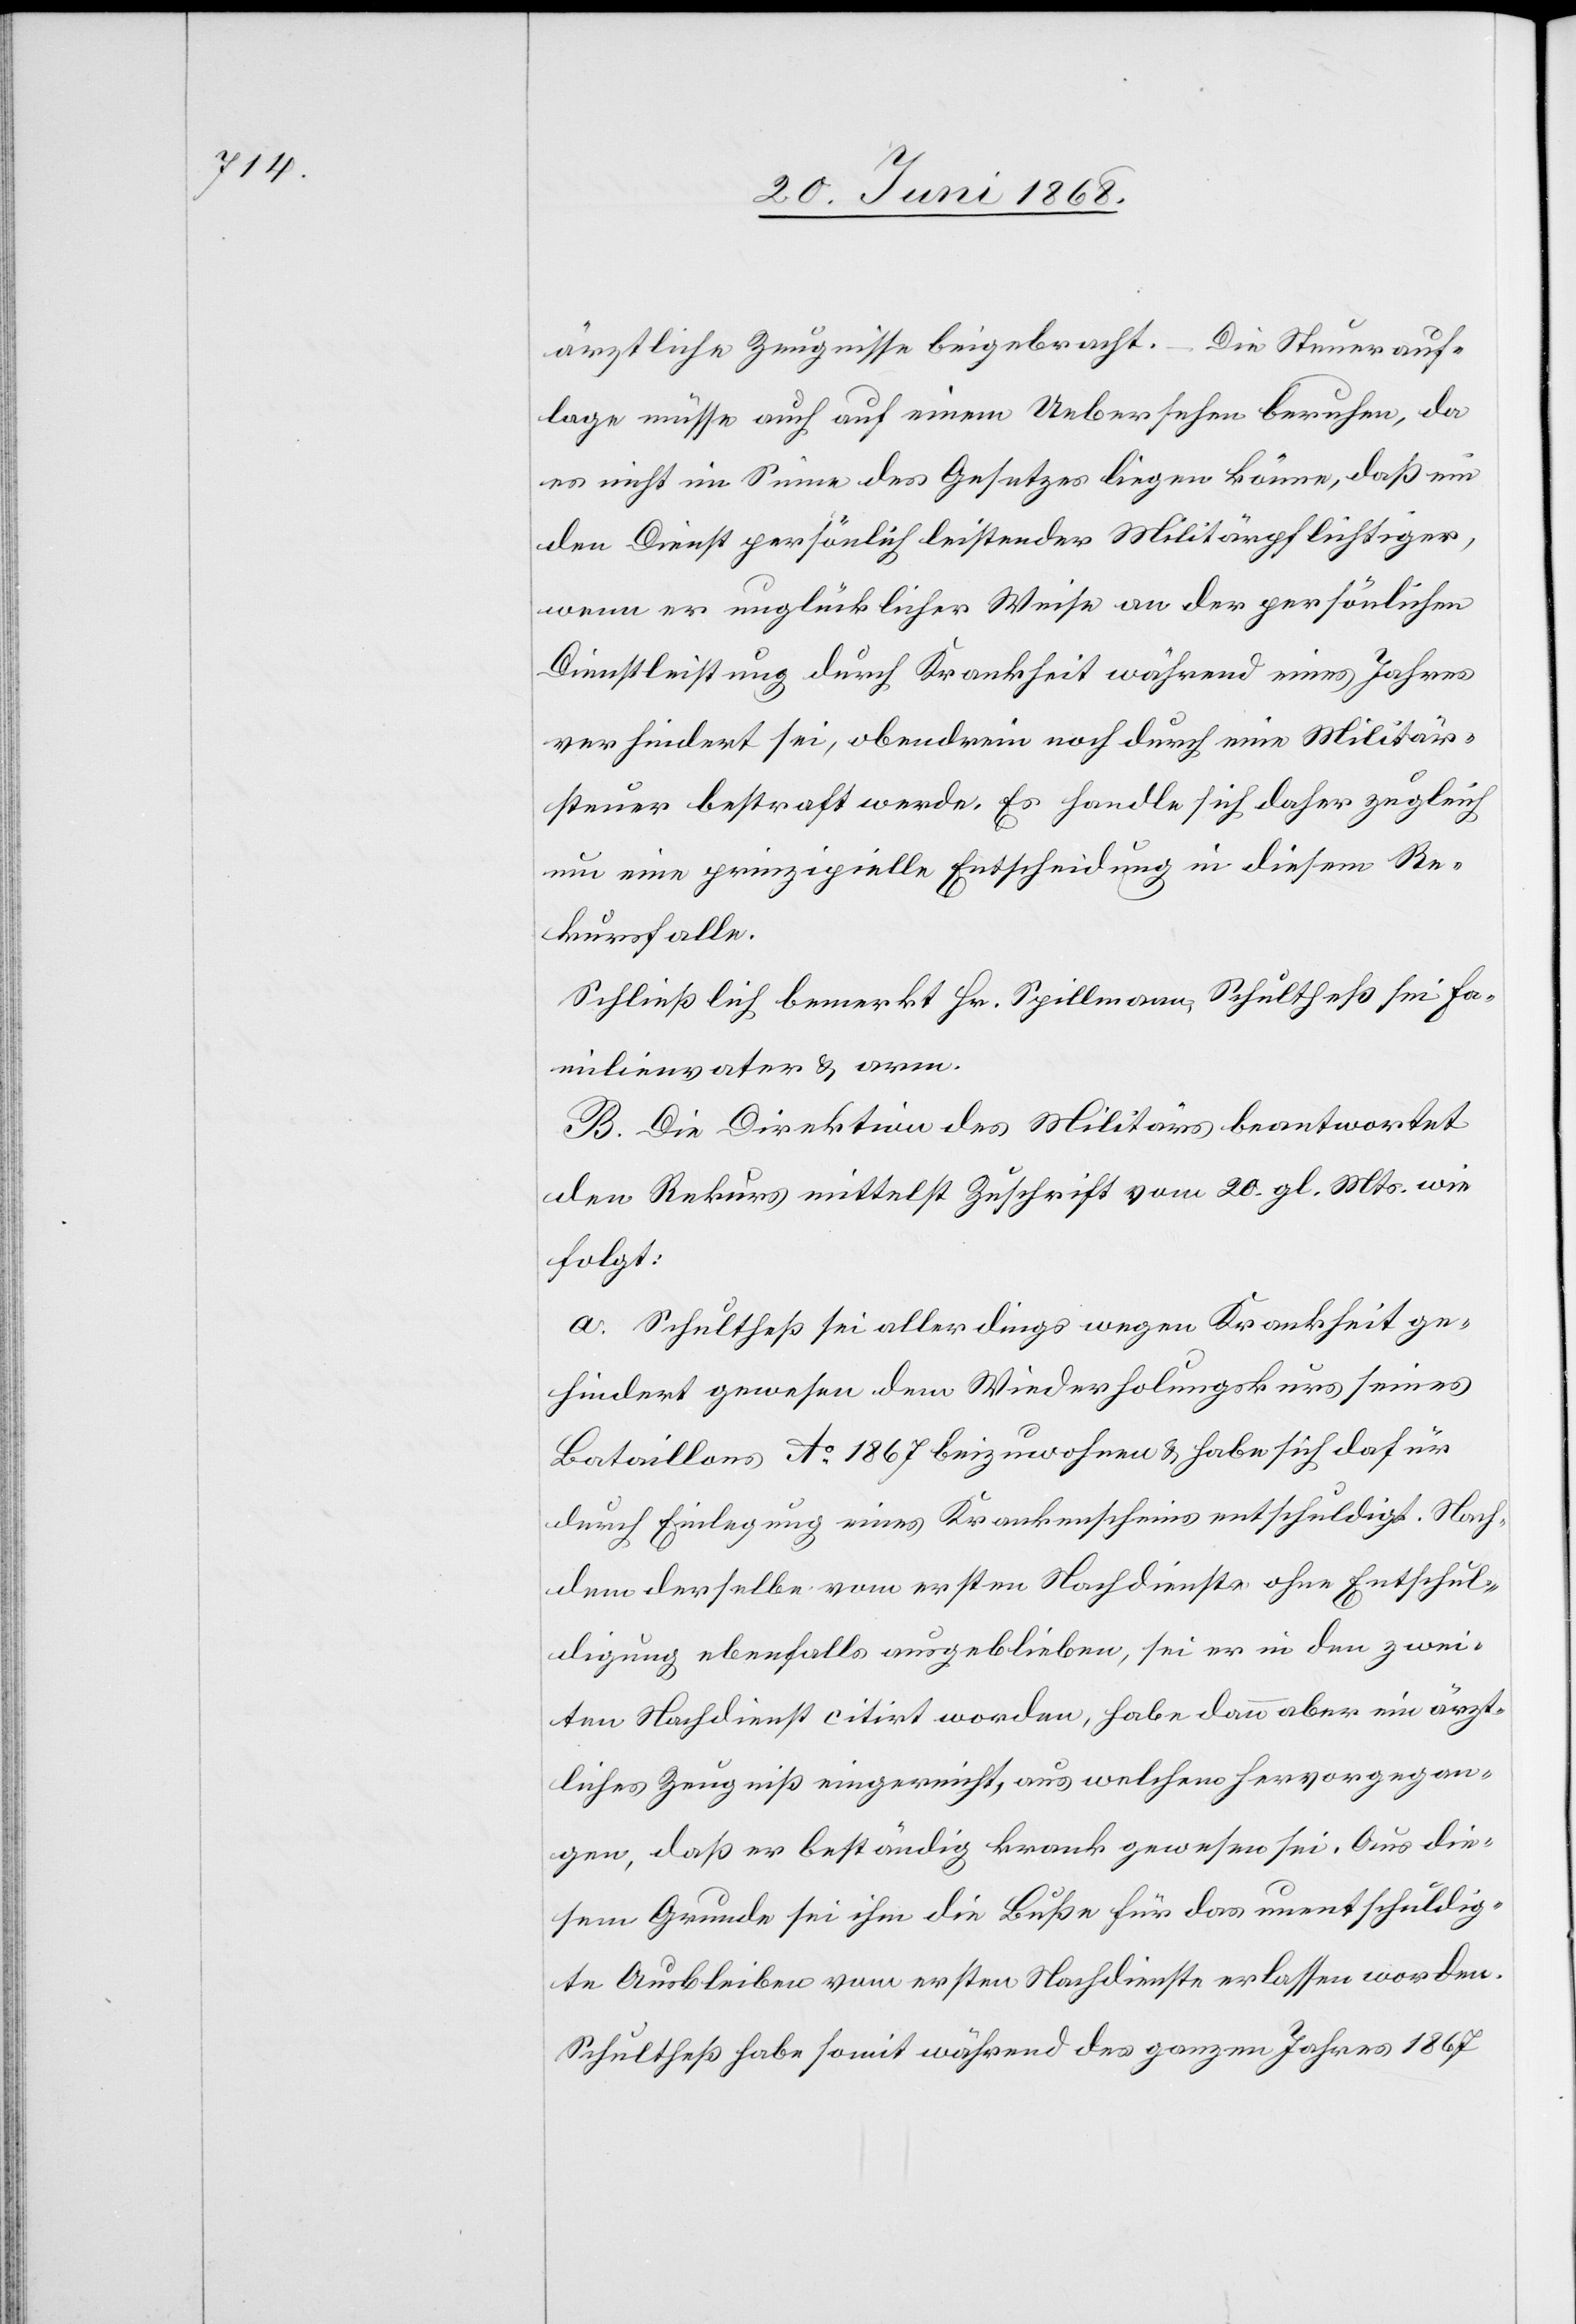
ärztliche Zeugnisse beigebracht.
Die Steuerauf¬
lage müsse auch auf einem Uebersehen beruhen, da
es nicht im Sinne des Gesetzes liegen könne, daß ein
den Dienst persönlich leistender Militärpflichtiger,
wenn er unglücklicher Weise an der persönlichen
Dienstleistung durch Krankheit während eines Jahres
verhindert sei, obendrein noch durch eine Militär¬
steuer bestraft werde. Es handle sich daher zugleich
um eine prinzipielle Entscheidung in diesem Re¬
kursfalle.
Schließlich bemerkt Hr. Spillmann, Schultheß sei Fa¬
milienvater & arm.
C.] Die Direktion des Militärs beantwortet
den Rekurs mittelst Zuschrift vom 20. gl. Mts. wie
folgt:
a. Schultheß sei allerdings wegen Krankheit ge¬
hindert gewesen dem Wiederholungskurs seines
Bataillons Ao. 1867 beizuwohnen & habe sich dafür
durch Einlegung eines Krankenscheins entschuldigt. Nach¬
dem derselbe vom ersten Nachdienste ohne Entschul¬
digung ebenfalls ausgeblieben, sei er in den zwei¬
ten Nachdienst citirt worden, habe dann aber ein ärzt¬
liches Zeugniß eingereicht, aus welchem hervorgegan¬
gen, daß er beständig krank gewesen sei. Aus die¬
sem Grunde sei ihm die Buße für das unentschuldig¬
te Ausbleiben vom ersten Nachdienste erlassen worden.
Schultheß habe somit während des ganzen Jahres 1867